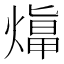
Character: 𤎙